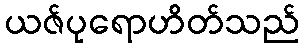
ယဇ်ပုရောဟိတ်သည်